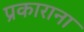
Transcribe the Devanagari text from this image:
प्रकाराना